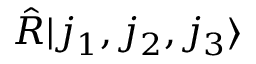
\hat { R } | j _ { 1 } , j _ { 2 } , j _ { 3 } \rangle